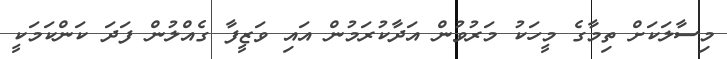
މިސާލަކަށް ތިމާގެ މީހަކު މަރުވުން އަދާކުރަމުން އައި ވަޒީފާ ގެއްލުން ފަދަ ކަންކަމަކީ